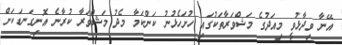
އޭނާ ވިދާޅުވީ މިއަދުގެ މަޝްވަރާތަކުގައި ހުށަހެޅުނު ކަންކަމާ މެދު މަޝްވަރާ ކުރާނެ އޮނިގަނޑަކަށް